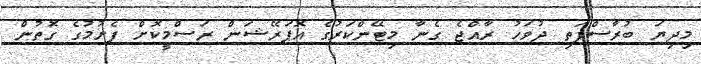
މިދިޔަ ބުރާސްފަތި ދުވަހު ރާއްޖެ ގެނާ މިޓޭންކަރުގެ އޮޕަރޭޝަން ރަސްމީކޮށް ފެށުމުގެ ގޮތުން